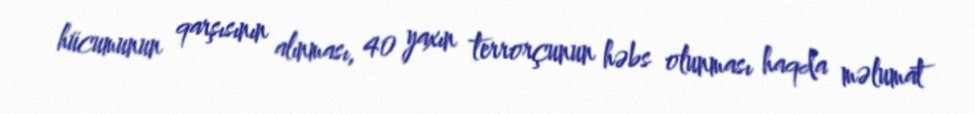
hücumunun qarşısının alınması, 40 yaxın terrorçunun həbs olunması haqda məlumat